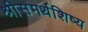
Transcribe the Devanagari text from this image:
श्रीसमर्थशिष्य